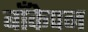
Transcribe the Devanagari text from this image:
बाँकेपन